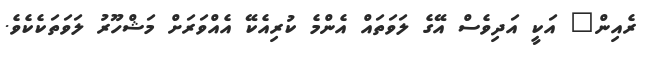
ރެއިން" އަކީ އަދިވެސް އޭގެ ލަވަތައް އެންމެ ކުރިއެކޭ އެއްވަރަށް މަޝްހޫރު ލަވަތަކެކެވެ.